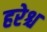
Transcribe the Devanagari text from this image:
हरेश्च